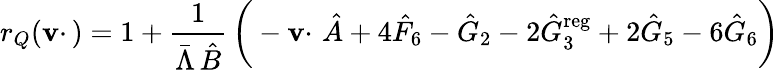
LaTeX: r_{Q}(\mathbf{v}\cdotp)=1+{\frac{{1}}{{\bar{{\Lambda}}\, \hat{{B}}}}}\, \bigg(-\mathbf{v}\cdotp\, \hat{{A}}+4\hat{{F}}_{6}-\hat{{G}}_{2}-2\hat{{G}}_{3}^{\mathrm{{reg}}}+2\hat{{G}}_{5}-6\hat{{G}}_{6}\bigg)